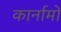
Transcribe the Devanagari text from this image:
कार्नामों